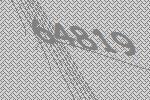
64819